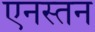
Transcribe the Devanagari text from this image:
एनस्तन